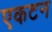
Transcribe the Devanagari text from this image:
एकटन